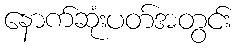
နောက်ဆုံးပတ်အတွင်း